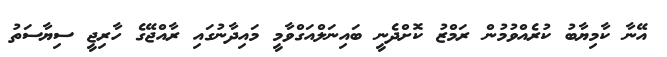
އޭނާ ކާމިޔާބު ކުރެއްވުމުން ރަމްޒު ކޮށްދެނީ ބައިނަލްއަގްވާމީ މައިދާނުގައި ރާއްޖޭގެ ހާރިޖީ ސިޔާސަތު